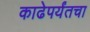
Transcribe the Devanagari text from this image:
काढेपर्यंतचा